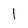
Character: I